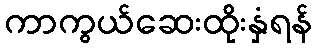
ကာကွယ်ဆေးထိုးနှံရန်